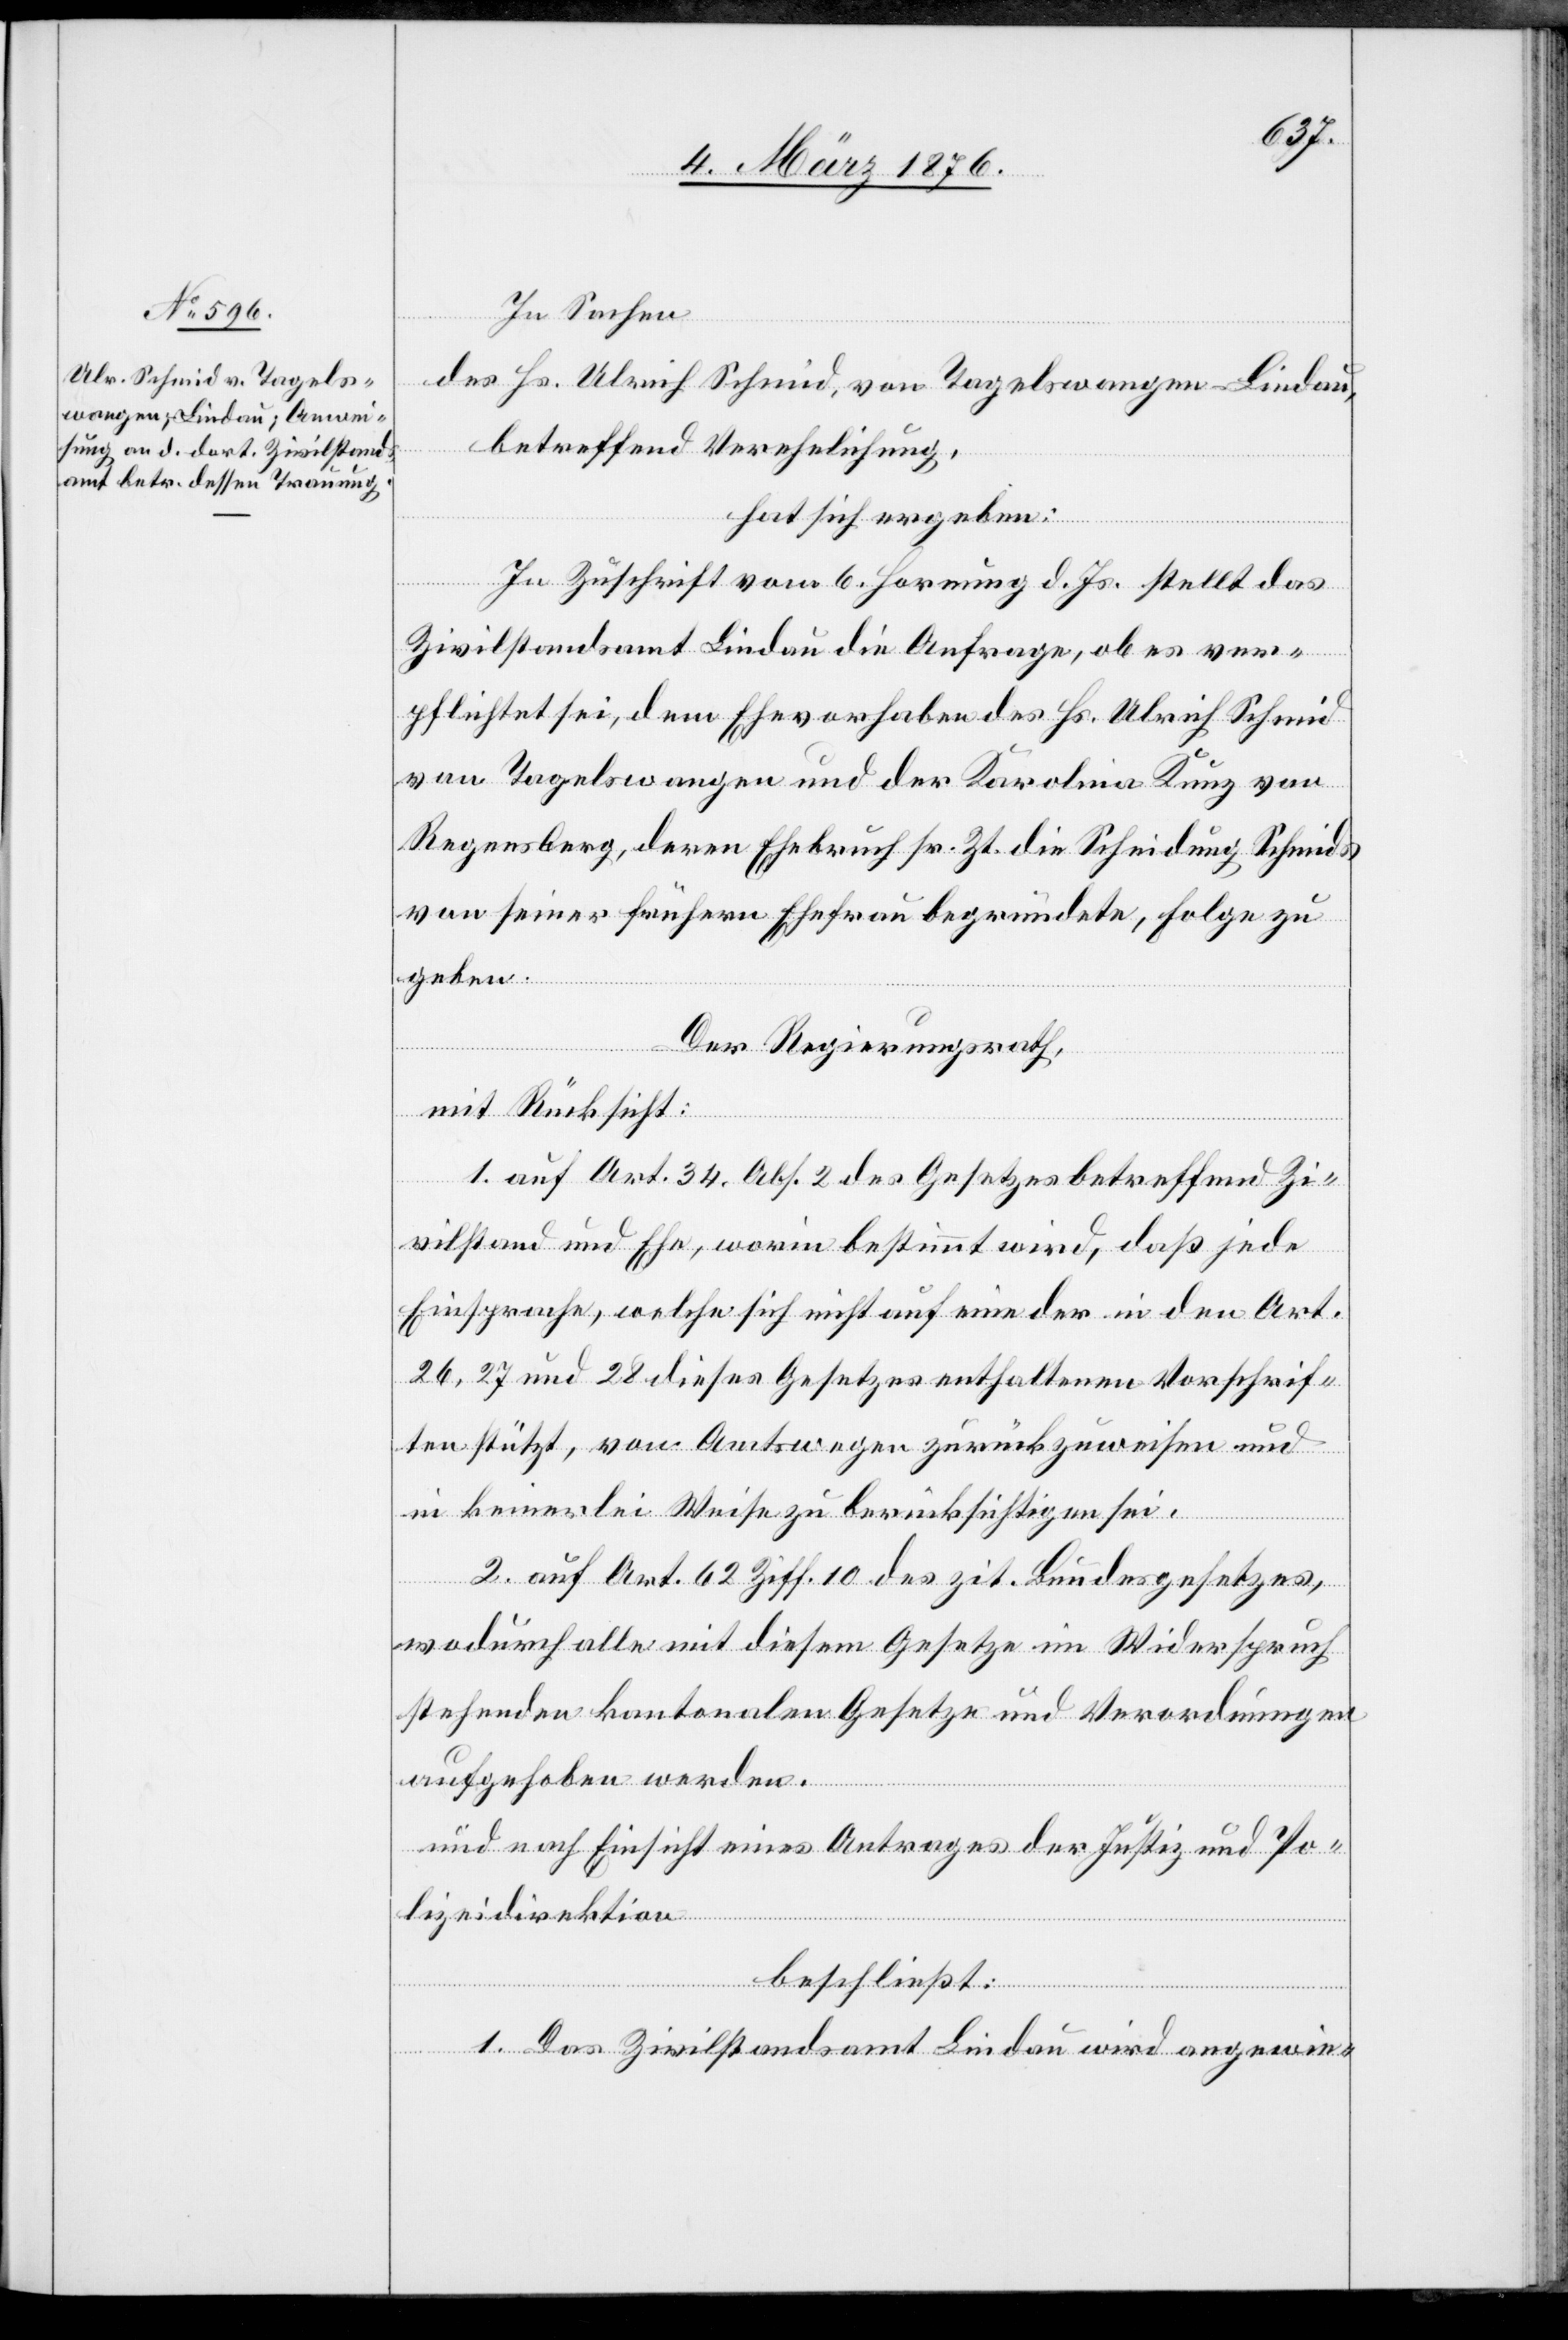
In Sachen
des Hr. Ulrich Schmid, von Tagelswangen - Lindau,
betreffend Verehelichung,
hat sich ergeben:
In Zuschrift vom 6. Hornung d. Js. stellt das
Zivilstandsamt Lindau die Anfrage, ob es ver¬
pflichtet sei, dem Ehevorhaben des Hr. Ulrich Schmid
von Tagelswangen und der Karolina Kunz von
Regensberg, deren Ehebruch sr. Zt. die Scheidung Schmids
von seiner frühern Ehefrau begründete, Folge zu
geben.
Der Regierungsrath,
mit Rücksicht:
1. auf Art. 34, Abs. 2 des Gesetzes betreffend Zi¬
vilstand und Ehe, worin bestimmt wird, daß jede
Einsprache, welche sich nicht auf eine der in den Art.
26, 27 und 28 dieses Gesetzes enthaltenen Vorschrif¬
ten stützt, von Amtswegen zurückzuweisen und
in keinerlei Weise zu berücksichtigen sei.
2. auf Art 62 Ziff. 10 des zit. Bundesgesetzes,
wodurch alle mit diesem Gesetze im Widerspruch
stehenden kantonalen Gesetze und Verordnungen
aufgehoben werden.
und nach Einsicht eines Antrages der Justiz- und Po¬
lizeidirektion,
beschließt:
1. Das Zivilstandsamt Lindau wird angewie-